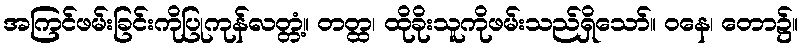
အကြင်ဖမ်းခြင်းကိုပြုကုန်လတ္တံ့။ တတ္ထ၊ ထိုခိုးသူကိုဖမ်းသည်ရှိသော်။ ဝနေ၊ တော၌။